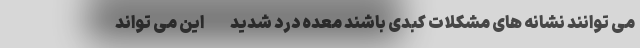
می توانند نشانه های مشکلات کبدی باشند معده درد شدید - این می تواند